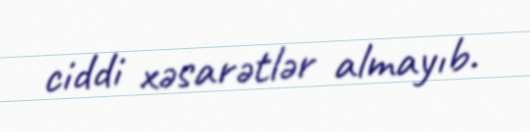
ciddi xəsarətlər almayıb.